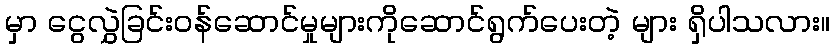
မှာ ငွေလွှဲခြင်းဝန်ဆောင်မှုများကိုဆောင်ရွက်ပေးတဲ့ များ ရှိပါသလား။